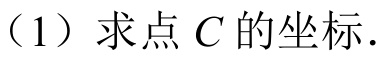
（1）求点\(C\)的坐标．